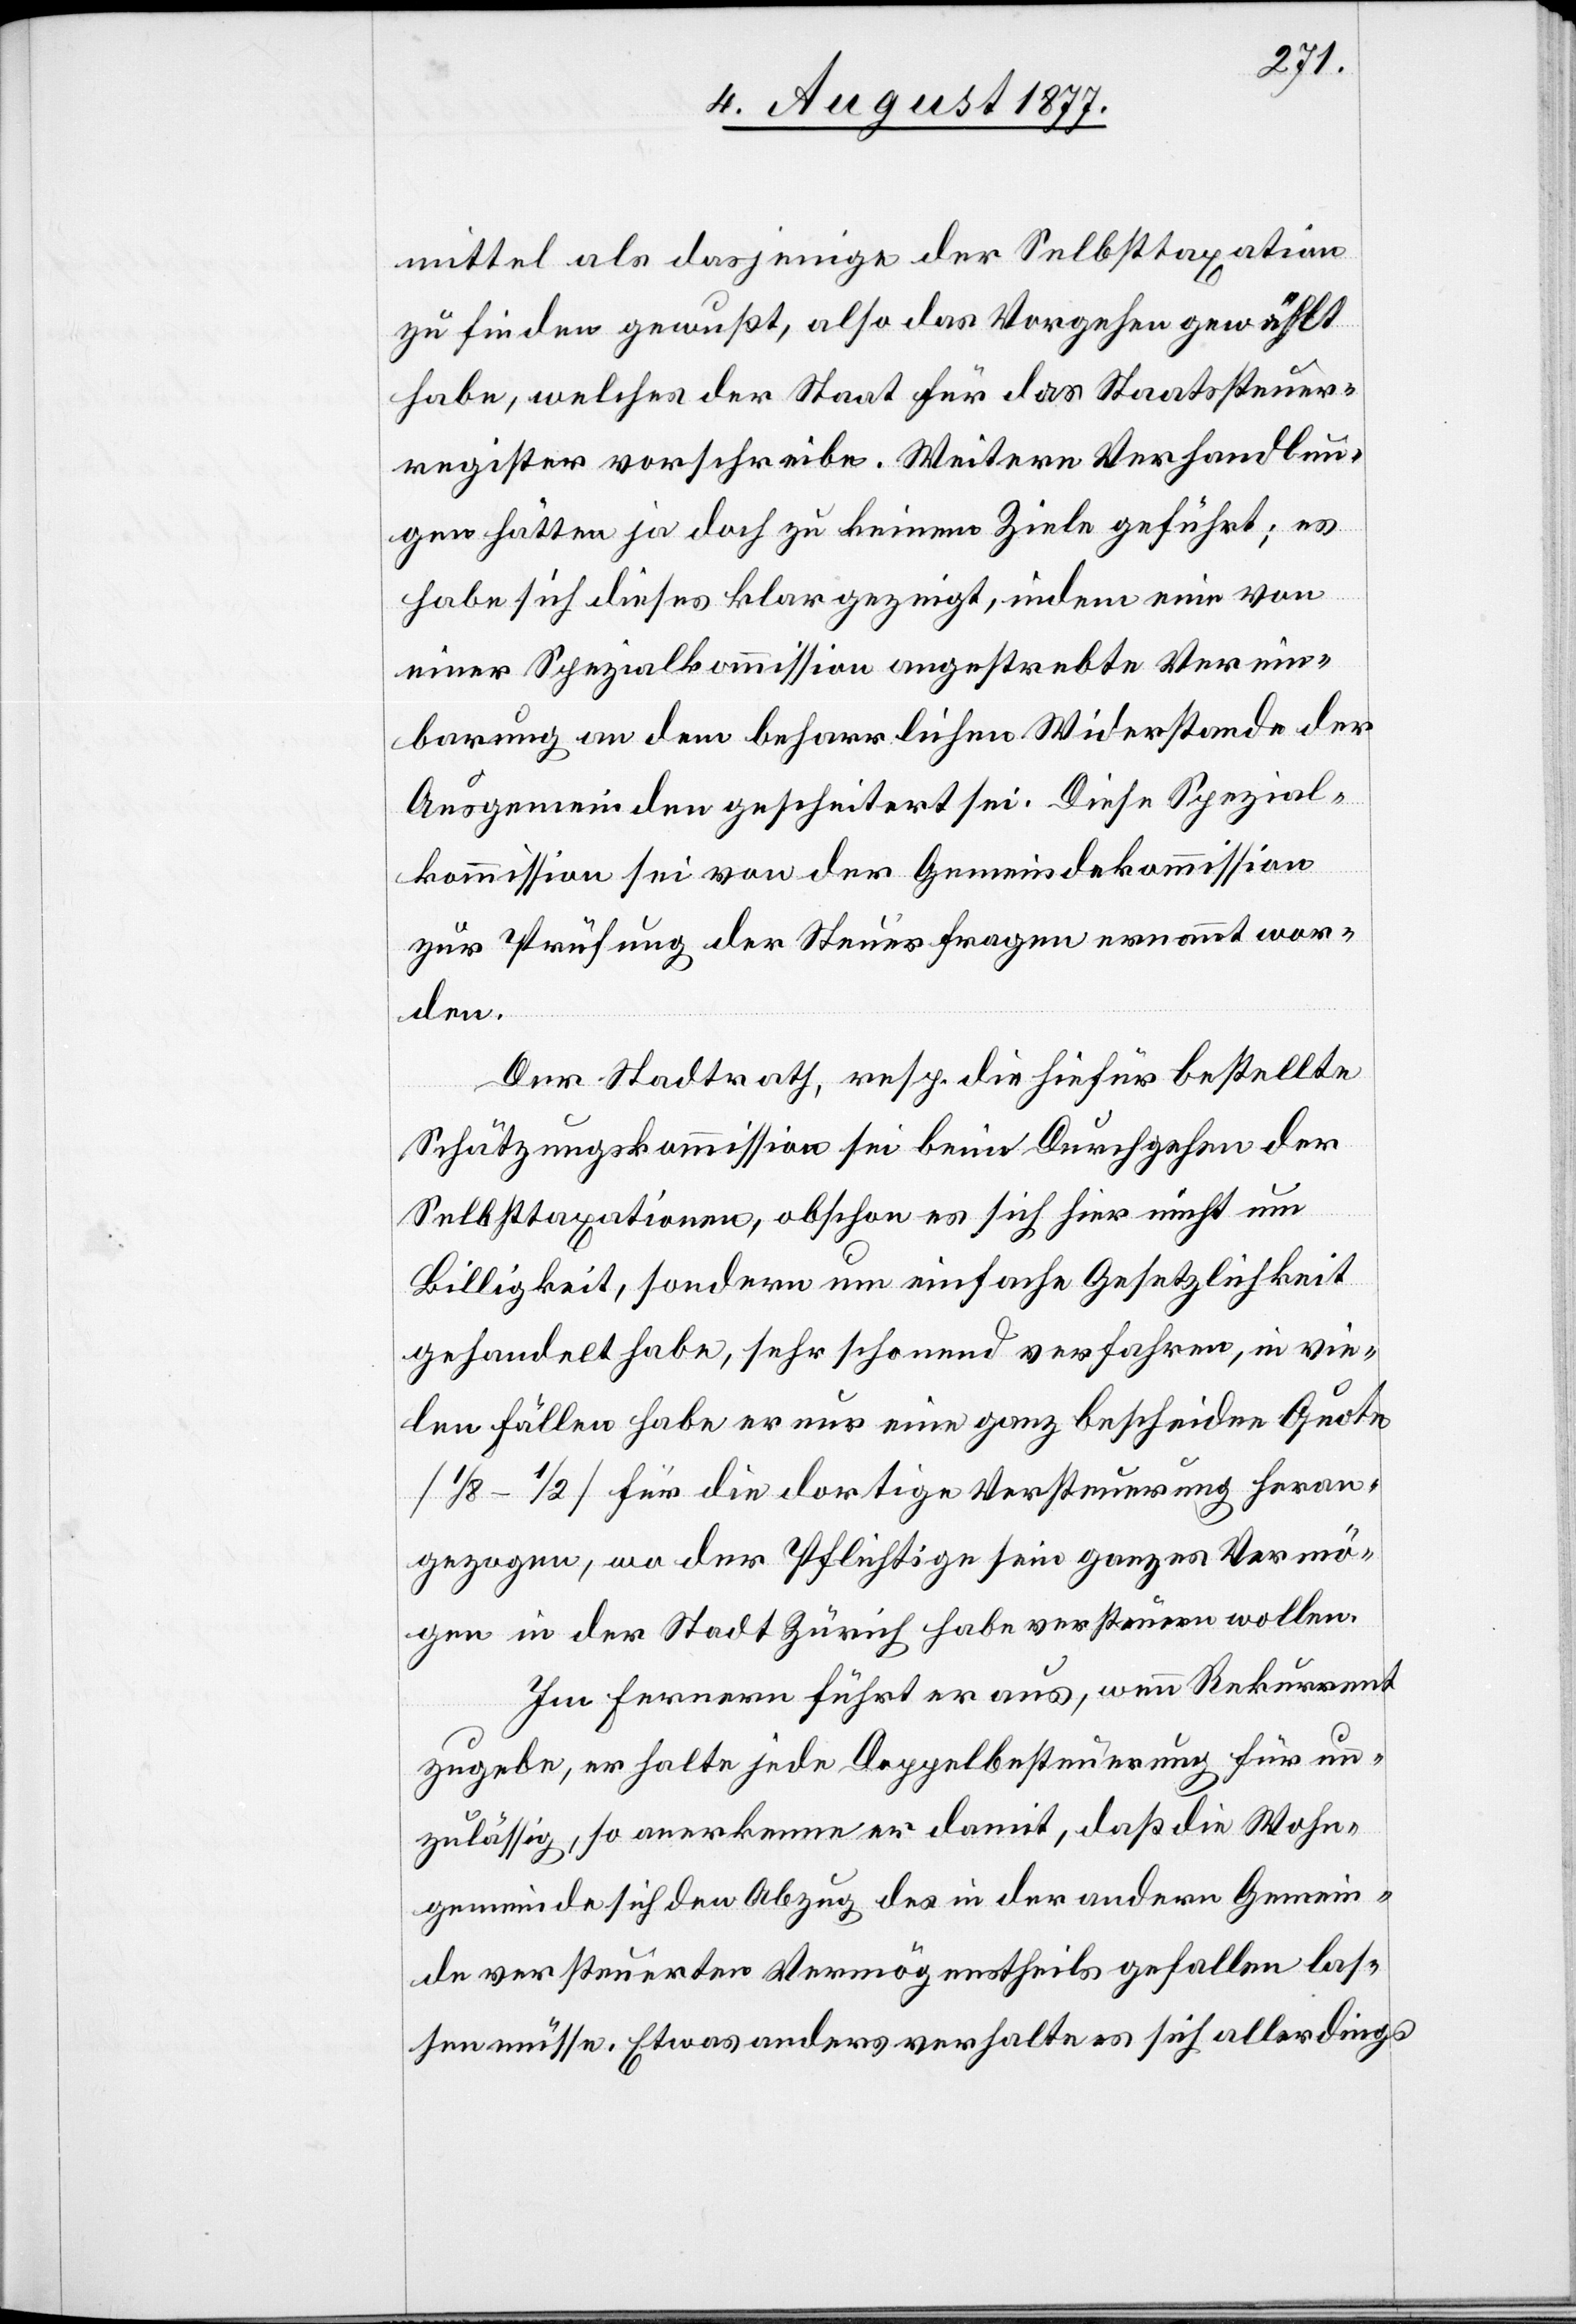
mittel als dasjenige der Selbsttaxation
zu finden gewußt, also das Vorgehen gewählt
habe, welches der Staat für das Staatssteuer¬
register vorschreibe. Weitere Verhandlun¬
gen hätten ja doch zu keinem Ziele geführt; es
habe sich dieses klar gezeigt, indem eine von
einer Spezialkommission angestrebte Verein¬
barung an dem beharrlichen Widerstande der
Ausgemeinden gescheitert sei. Diese Spezial¬
kommission sei von der Gemeindekommission
zur Prüfung der Steuerfragen ernannt wor¬
den.
Der Stadtrath, resp. die hiefür bestellte
Schätzungskommission sei beim Durchgehen der
Selbsttaxationen, obschon es sich hier nicht um
Billigkeit, sondern um einfache Gesetzlichkeit
gehandelt habe, sehr schonend verfahren, in vie¬
len Fällen habe er nur eine ganz bescheidne Quote
[1/8–1/2] für die dortige Versteuerung heran¬
gezogen, wo der Pflichtige sein ganzes Vermö¬
gen in der Stadt Zürich habe versteuern wollen.
Im Fernern führt er aus, wenn Rekurrent
zugebe, er halte jede Doppelbesteuerung für un¬
zulässig, so anerkenne er damit, daß die Wohn¬
gemeinde sich den Abzug des in der andern Gemein¬
de versteuerten Vermögenstheils gefallen las¬
sen müsse. Etwas anders verhalte es sich allerdings